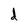
Character: d